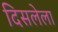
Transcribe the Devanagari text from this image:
दिसलेला